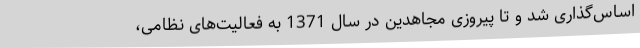
اساس‌گذاری شد و تا پیروزی مجاهدین در سال 1371 به فعالیت‌های نظامی،